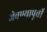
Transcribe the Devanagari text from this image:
जेवण्यापूर्वी